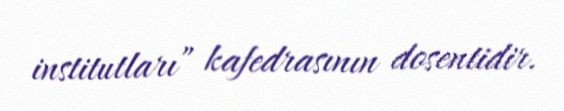
institutları” kafedrasının dosentidir.